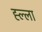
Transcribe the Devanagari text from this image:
ह्ल्ला